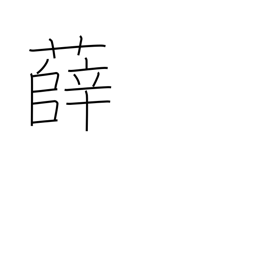
Meaning: type of mugwort